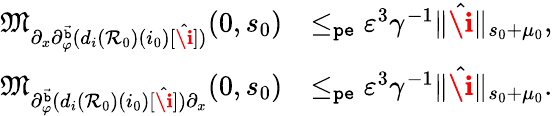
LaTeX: \begin{array}{rl}{\mathfrak{M}_{\partial_{x}\partial_{\varphi}^{\vec{\mathtt{b}}}(d_{i}(\mathcal{R}_{0})(i_{0})[\hat{\textbf{\i}}])}(0,s_{0})}&{\le_{\mathtt{pe}}\varepsilon^{3}\gamma^{-1}\rVert\hat{\textbf{\i}}\rVert_{s_{0}+\mu_{0}},}\\ {\mathfrak{M}_{\partial_{\varphi}^{\vec{\mathtt{b}}}(d_{i}(\mathcal{R}_{0})(i_{0})[\hat{\textbf{\i}}])\partial_{x}}(0,s_{0})}&{\le_{\mathtt{pe}}\varepsilon^{3}\gamma^{-1}\rVert\hat{\textbf{\i}}\rVert_{s_{0}+\mu_{0}}.}\end{array}